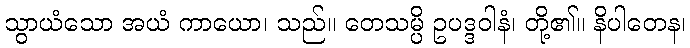
သွာယံသော အယံ ကာယော၊ သည်။ တေသမ္ပိ ဥပဒ္ဒဝါနံ၊ တို့၏။ နိပါတေန၊